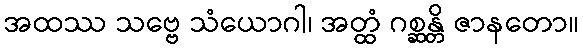
အထဿ သဗ္ဗေ သံယောဂါ၊ အတ္ထံ ဂစ္ဆန္တိ ဇာနတော။